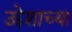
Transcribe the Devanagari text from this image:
उद्देशाच्या